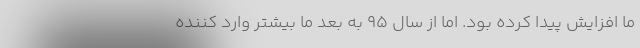
ما افزایش پیدا کرده بود. اما از سال 95 به بعد ما بیشتر وارد کننده